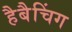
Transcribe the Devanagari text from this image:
हैबैचिंग